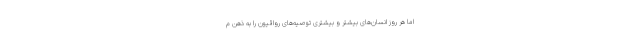
اما هر روز انسان‌های بیشتر و بیشتری توصیه‌های رواقیون را به ذهن م